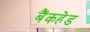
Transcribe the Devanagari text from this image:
बैंकहेड